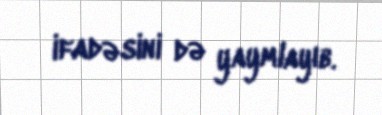
ifadəsini də yaymlayıb.